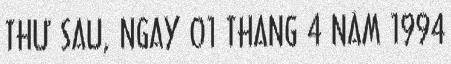
THỨ SÁU, NGÀY 01 THÁNG 4 NĂM 1994